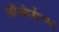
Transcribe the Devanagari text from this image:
काँकोर्डच्या